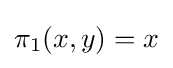
\pi _{1}(x,y)=x